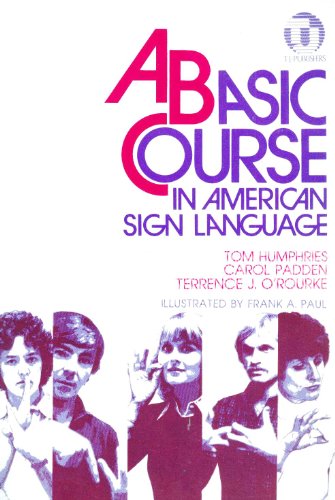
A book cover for A Basic Course in American Sign Language; Tom Humphries; Reference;